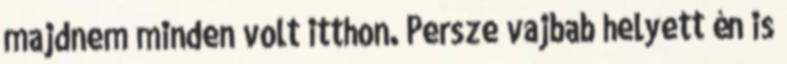
majdnem minden volt itthon. Persze vajbab helyett én is